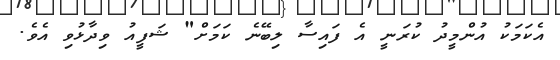
އެކަމަކު އުންމީދު ކުރަނީ އެ ފައިސާ ލިބޭނެ ކަމަށް" ޝަފީއު ވިދާޅުވި އެވެ.